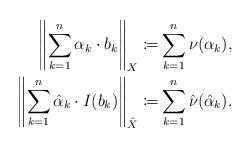
LaTeX: \begin{align*}\left\|\sum_{k=1}^n \alpha_k \cdot b_k\right\|_X \coloneqq& \sum_{k=1}^n \nu(\alpha_k), \\\left\|\sum_{k=1}^n \hat{\alpha}_k \cdot I(b_k)\right\|_{\hat{X}} \coloneqq& \sum_{k=1}^n \hat{\nu}(\hat{\alpha}_k). \end{align*}